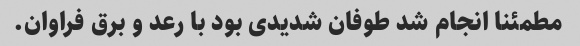
مطمئنا انجام شد طوفان شدیدی بود با رعد و برق فراوان.